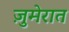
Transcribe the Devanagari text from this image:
ज़ुमेरात